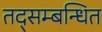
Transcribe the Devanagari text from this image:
तद्सम्बन्धित